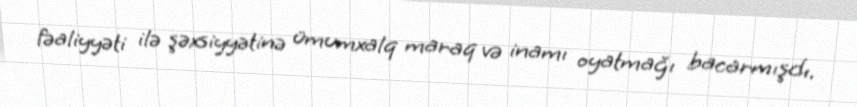
fəaliyyəti ilə şəxsiyyətinə ümumxalq maraq və inamı oyatmağı bacarmışdı.